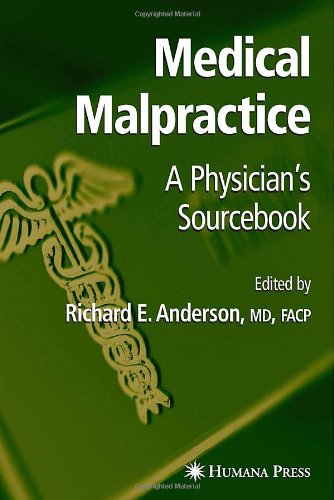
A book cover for Medical Malpractice: A Physician's Sourcebook; Law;